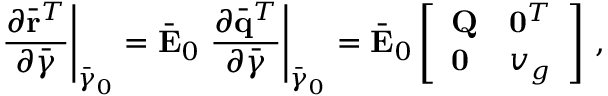
\left. \frac { \partial \bar { \bf r } ^ { T } } { \partial \bar { \boldsymbol { \gamma } } } \right| _ { \bar { \boldsymbol { \gamma } } _ { 0 } } = \bar { \bf E } _ { 0 } \left. \frac { \partial \bar { \bf q } ^ { T } } { \partial \bar { \boldsymbol { \gamma } } } \right| _ { \bar { \boldsymbol { \gamma } } _ { 0 } } = \bar { \bf E } _ { 0 } \left[ \begin{array} { l l } { { \bf Q } } & { { \bf 0 } ^ { T } } \\ { { \bf 0 } } & { v _ { g } } \end{array} \right] \, ,